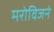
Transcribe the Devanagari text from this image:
मरोविजने